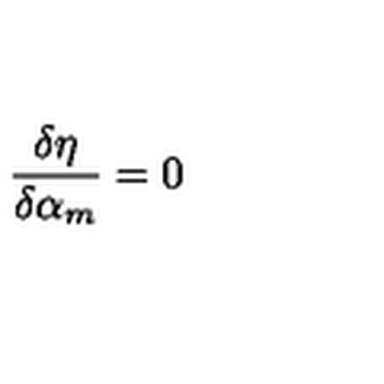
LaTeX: \frac { \delta \eta } { \delta \alpha _ { m } } = 0